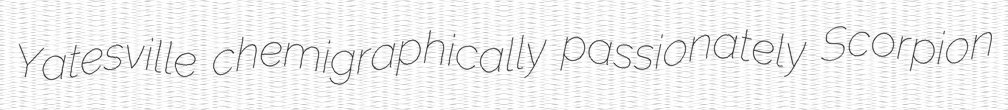
Yatesville chemigraphically passionately Scorpion